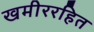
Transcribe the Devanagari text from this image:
खमीररहित